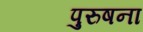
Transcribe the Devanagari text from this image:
पुरुषना